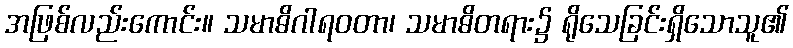
အဖြစ်လည်းကောင်း။ သမာဓိဂါရဝတာ၊ သမာဓိတရား၌ ရိုသေခြင်းရှိသောသူ၏